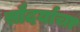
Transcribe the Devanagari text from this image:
सौदर्याचा